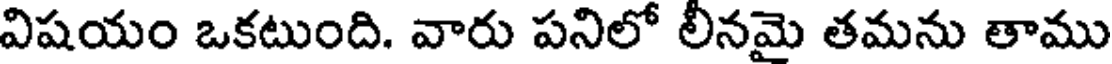
విషయం ఒకటుంది. వారు పనిలో లీనమై తమను తాము